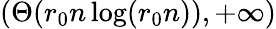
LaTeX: (\Theta(r_{0}n\log(r_{0}n)),+\infty)